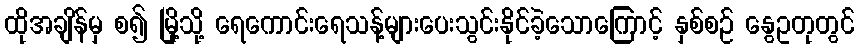
ထိုအချိန်မှ စ၍ မြို့သို့ ရေကောင်းရေသန့်များပေးသွင်းနိုင်ခဲ့သောကြောင့် နှစ်စဉ် နွေဥတုတွင်